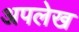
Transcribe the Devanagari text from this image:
अपलेख